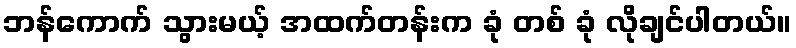
ဘန်ကောက် သွားမယ့် အထက်တန်းက ခုံ တစ် ခုံ လိုချင်ပါတယ်။